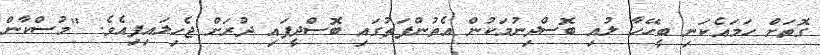
ގޮތަށް ހަމައެކަނި ބީހޭހާ ލުއި ބޮސްދިނުމަކުން އެތުންފަތުގައި ބޮސްދީފައި ދުރަށް ޖެހިލައިފިއެވެ. "މުސްކާން